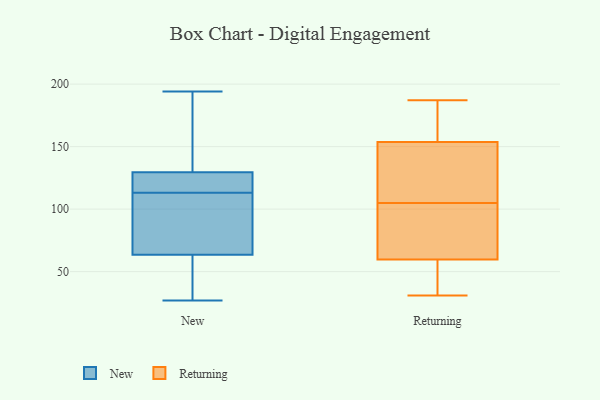
{"axis": {"x": "Energy Usage (MWh)", "y": "Value"}, "legend": ["New", "Returning"], "data": [{"x": "", "y": 134, "type": "New"}, {"x": "", "y": 162, "type": "New"}, {"x": "", "y": 113, "type": "New"}, {"x": "", "y": 113, "type": "New"}, {"x": "", "y": 117, "type": "New"}, {"x": "", "y": 73, "type": "New"}, {"x": "", "y": 75, "type": "New"}, {"x": "", "y": 54, "type": "New"}, {"x": "", "y": 194, "type": "New"}, {"x": "", "y": 125, "type": "New"}, {"x": "", "y": 34, "type": "New"}, {"x": "", "y": 35, "type": "New"}, {"x": "", "y": 115, "type": "New"}, {"x": "", "y": 185, "type": "New"}, {"x": "", "y": 85, "type": "New"}, {"x": "", "y": 27, "type": "New"}, {"x": "", "y": 57, "type": "Returning"}, {"x": "", "y": 96, "type": "Returning"}, {"x": "", "y": 31, "type": "Returning"}, {"x": "", "y": 120, "type": "Returning"}, {"x": "", "y": 173, "type": "Returning"}, {"x": "", "y": 187, "type": "Returning"}, {"x": "", "y": 159, "type": "Returning"}, {"x": "", "y": 105, "type": "Returning"}, {"x": "", "y": 53, "type": "Returning"}, {"x": "", "y": 138, "type": "Returning"}, {"x": "", "y": 68, "type": "Returning"}]}